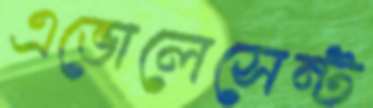
এভোলেসেন্ট